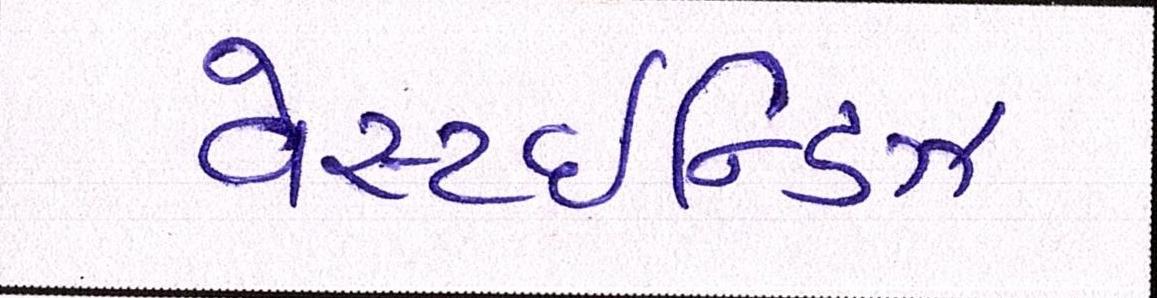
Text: વેસ્ટઈન્ડિઝ